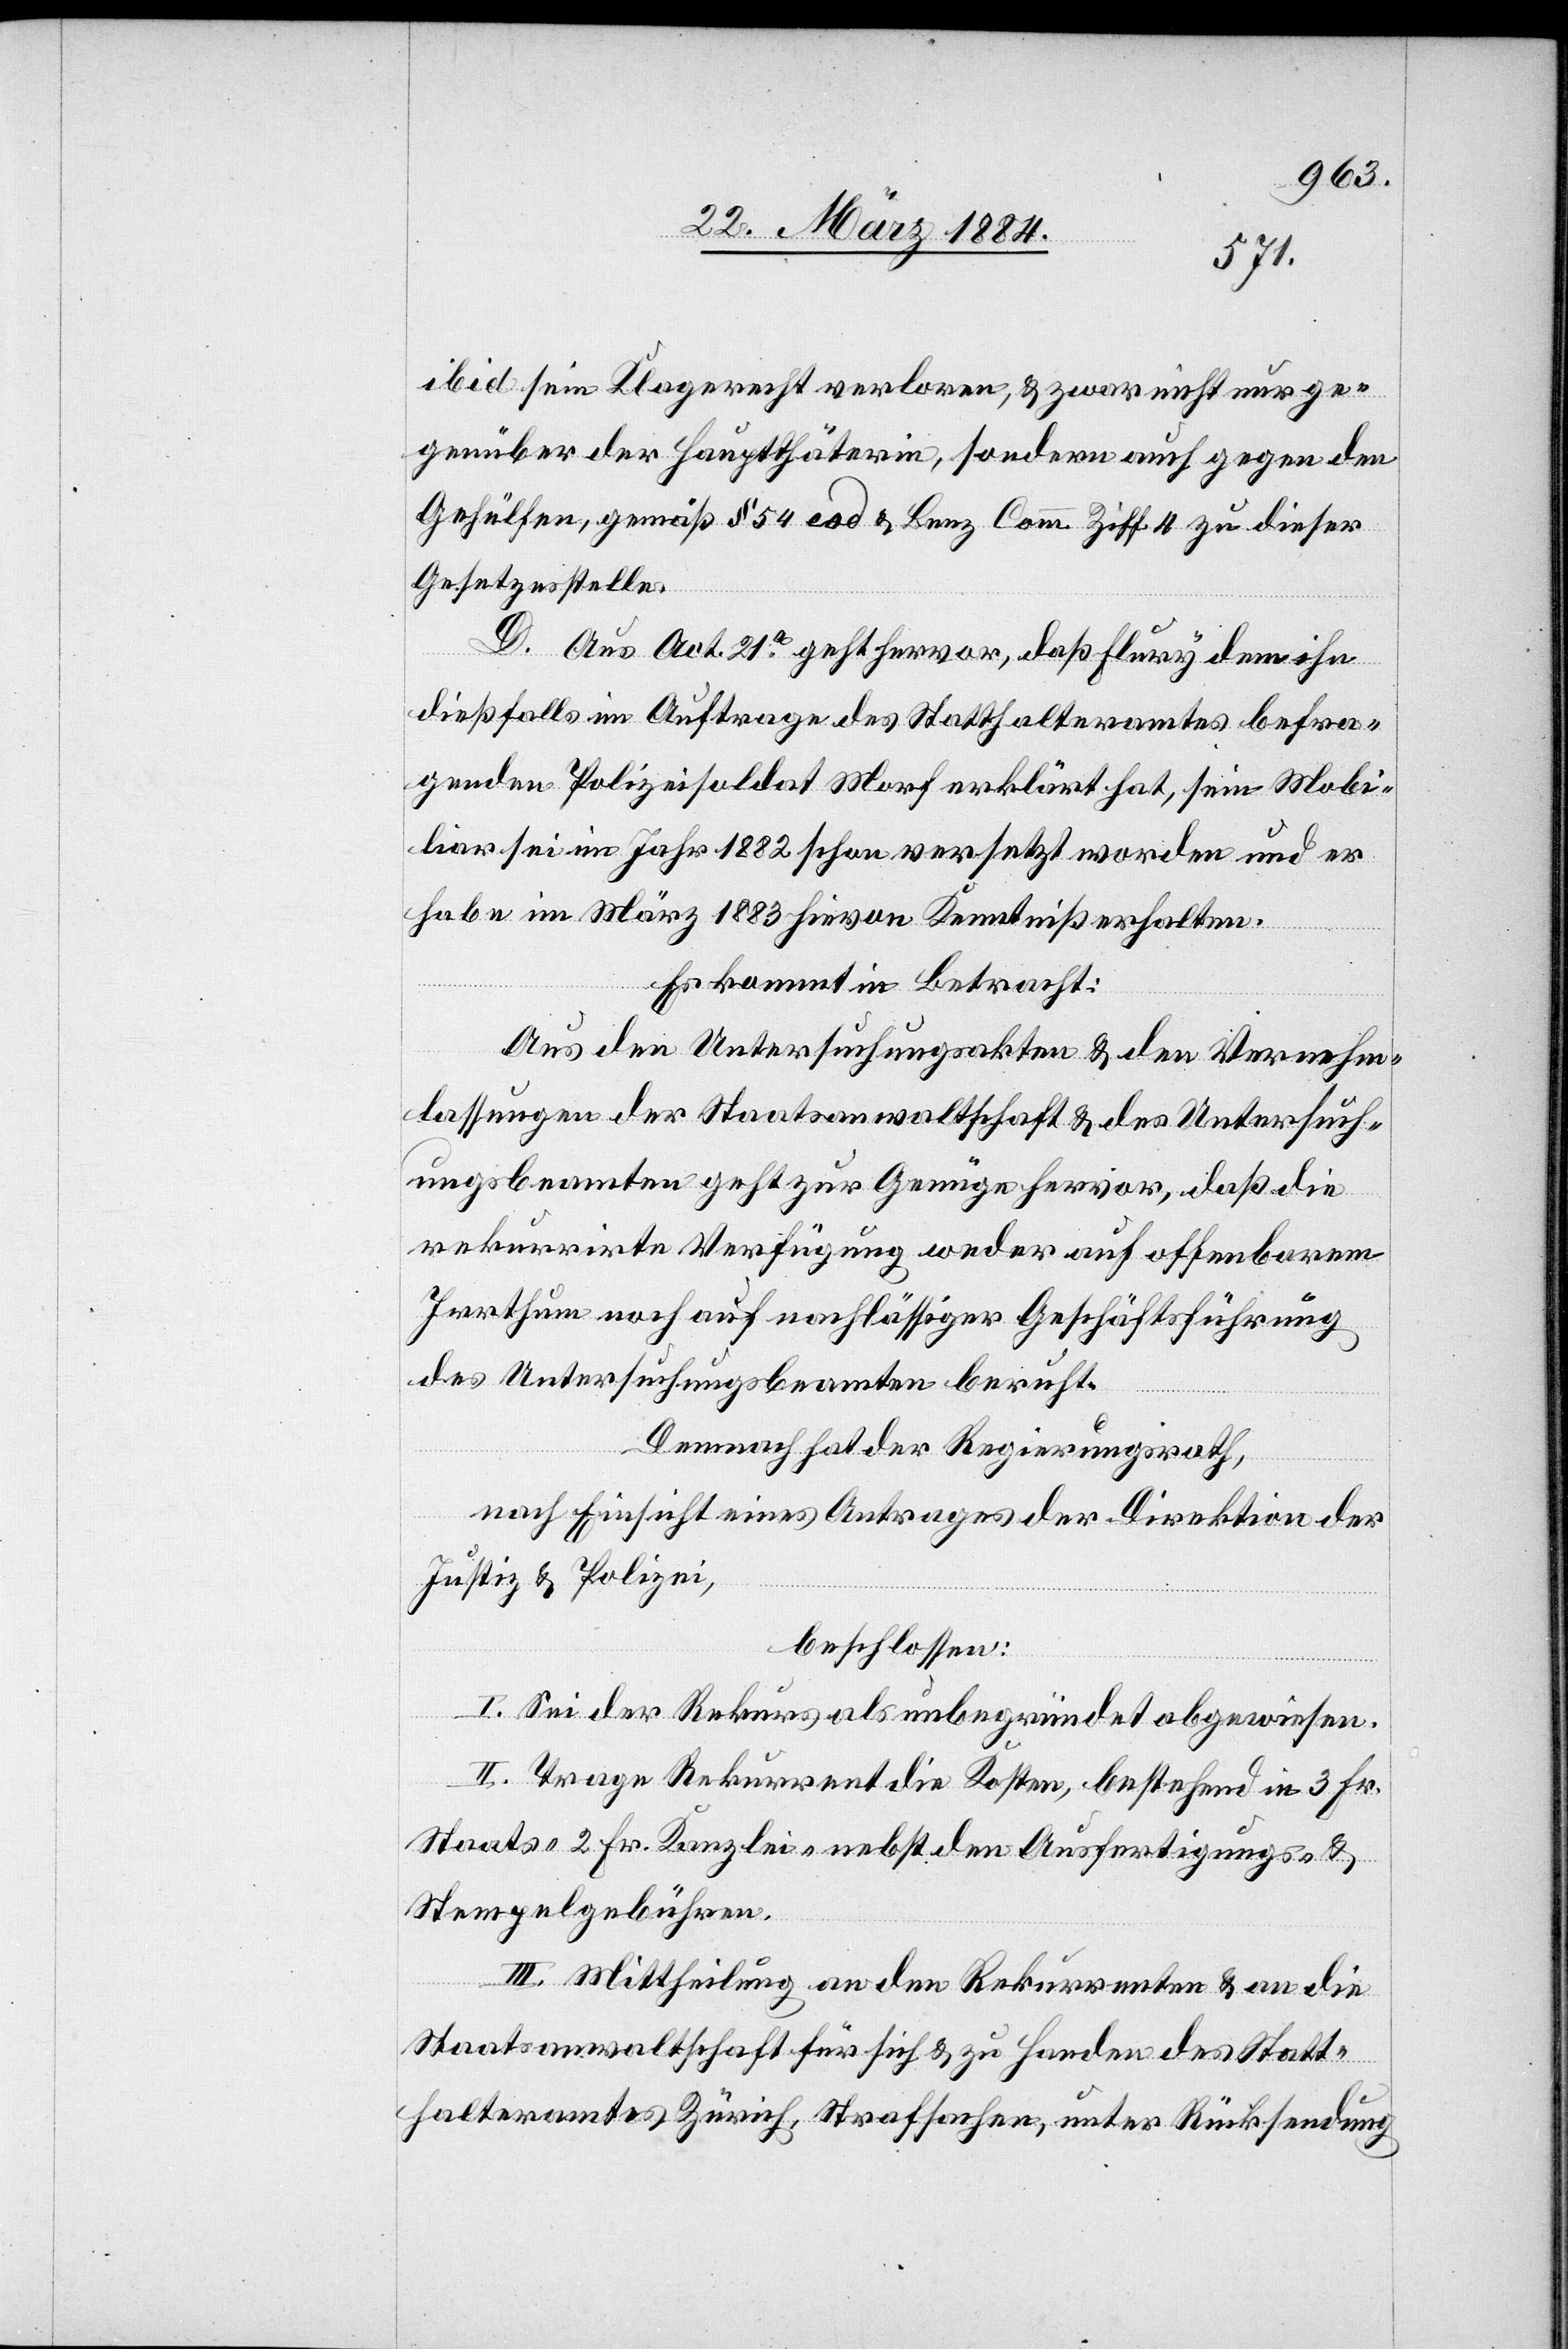
ibid sein Klagerecht verloren, & zwar nicht nur ge¬
genüber der Hauptthäterin, sondern auch gegen den
Gehülfen, gemäß § 54 eod [sic!] & Benz Comm. Ziff. 4 zu dieser
Gesetzesstelle.
D. Aus Act. 21a geht hervor, daß Flury dem ihn
dießfalls im Auftrage des Statthalteramtes befra¬
genden Polizeisoldat Morf erklärt hat, sein Mobi¬
liar sei im Jahr 1882 schon versetzt worden und er
habe im März 1883 hievon Kenntniß erhalten.
Es kommt in Betracht:
Aus den Untersuchungsakten & den Vernehm¬
lassungen der Staatsanwaltschaft & des Untersuch¬
ungsbeamten geht zur Genüge hervor, daß die
rekurrirte Verfügung weder auf offenbarem
Irrthum noch auf nachlässiger Geschäftsführung
des Untersuchungsbeamten beruht.
Demnach hat der Regierungsrath,
nach Einsicht eines Antrages der Direktion der
Justiz & Polizei,
beschlossen:
I. Sei der Rekurs als unbegründet abgewiesen.
II. Trage Rekurrent die Kosten, bestehend in 3 Fr.
Staats- 2 Fr. Kanzlei- nebst den Ausfertigungs- &
Stempelgebühren.
III. Mittheilung an den Rekurrenten & an die
Staatsanwaltschaft für sich & zu Handen des Statt¬
halteramtes Zürich, Strafsachen, unter Rücksendung